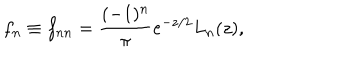
f _ { n } \equiv f _ { n n } = \frac { ( - 1 ) ^ { n } } { \pi } e ^ { - z / 2 } L _ { n } ( z ) ,